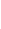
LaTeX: \! \! \! \! \! \! \! \! \! \! \! \lambda\! \! \! \! \! \! \! \! \! \! \! \! \in\! \! \! \! \! \! \! \! \! \! \! \! [\! \! \! \! \! \! \! \! \! \! \! \! 0\! \! \! \! \! \! \! \! \! \! \! \! ,\! \! \! \! \! \! \! \! \! \! \! \! 1\! \! \! \! \! \! \! \! \! \! \! \! ]\! \! \! \! \! \! \! \! \! \! \! \! \mapsto\! \! \! \! \! \! \! \! \! \! \! \! I\! \! \! \! \! \! \! \! \! \! \! \! _{\! \! \! \! \! \! \! \! \! \! \! \! \partial\! \! \! \! \! \! \! \! \! \! \! \! B}\! \! \! \! \! \! \! \! \! \! \! \! (Z\! \! \! \! \! \! \! \! \! \! \! \! (\! \! \! \! \! \! \! \! \! \! \! \! \cdot\! \! \! \! \! \! \! \! \! \! \! \! ,\! \! \! \! \! \! \! \! \! \! \! \! \lambda\! \! \! \! \! \! \! \! \! \! \! \! )\! \! \! \! \! \! \! \! \! \! \! \! )\! \! \! \! \! \! \! \! \! \! \!